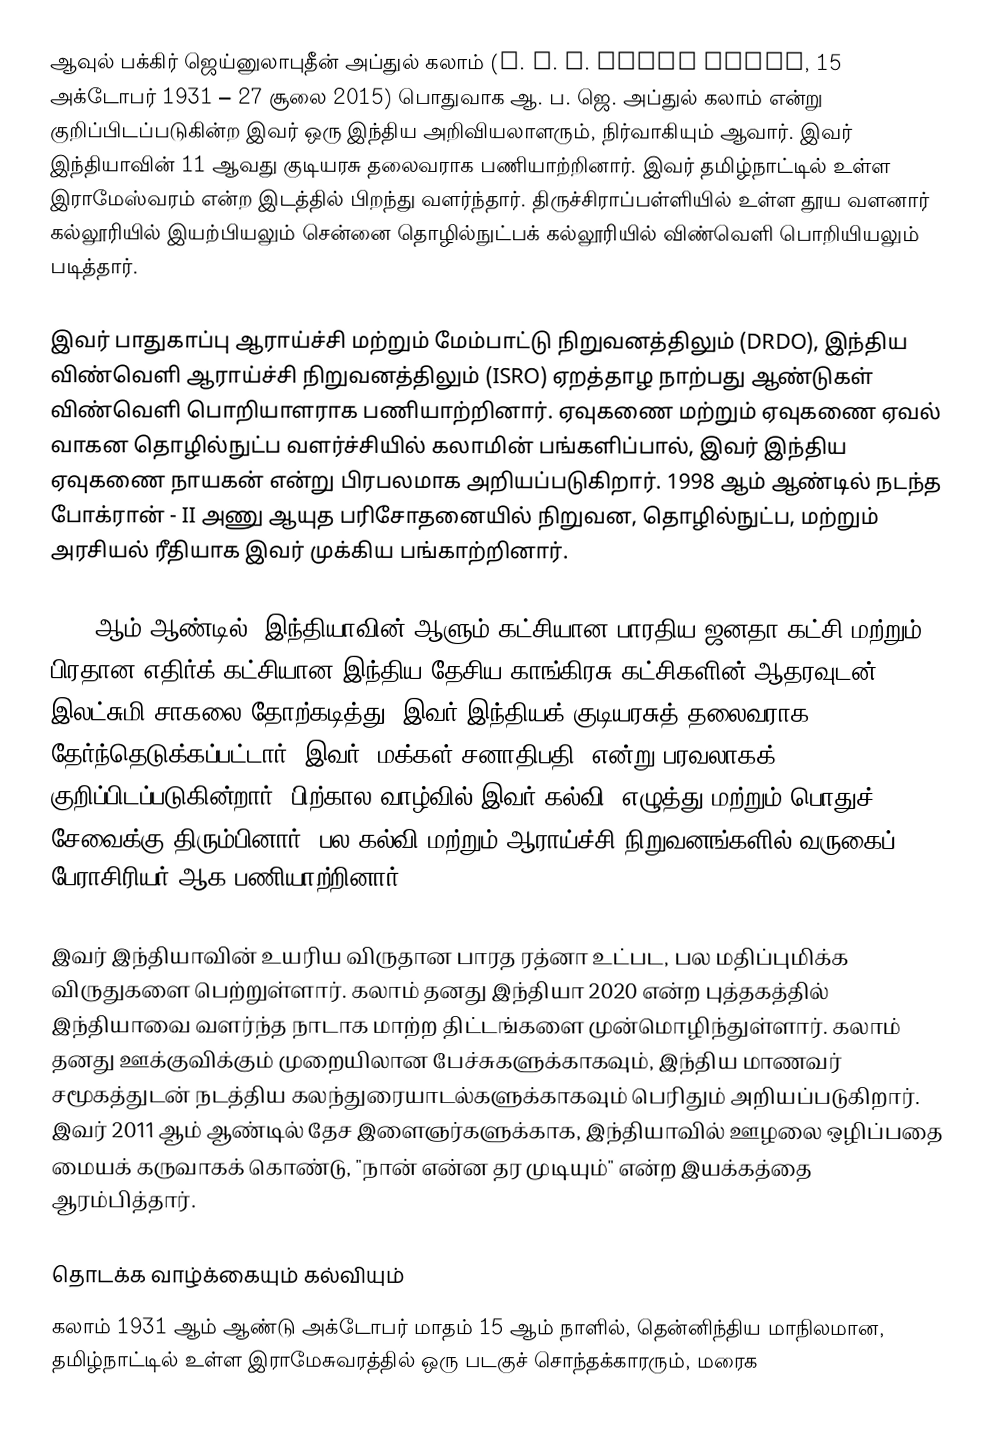
ஆவுல் பக்கிர் ஜெய்னுலாபுதீன் அப்துல் கலாம் (A. P. J. Abdul Kalam, 15 அக்டோபர் 1931 – 27 சூலை 2015) பொதுவாக ஆ. ப. ஜெ. அப்துல் கலாம் என்று குறிப்பிடப்படுகின்ற இவர் ஒரு இந்திய அறிவியலாளரும், நிர்வாகியும் ஆவார். இவர் இந்தியாவின் 11 ஆவது குடியரசு தலைவராக பணியாற்றினார். இவர் தமிழ்நாட்டில் உள்ள இராமேஸ்வரம் என்ற இடத்தில் பிறந்து வளர்ந்தார். திருச்சிராப்பள்ளியில் உள்ள தூய வளனார் கல்லூரியில் இயற்பியலும் சென்னை தொழில்நுட்பக் கல்லூரியில் விண்வெளி பொறியியலும் படித்தார்.

இவர் பாதுகாப்பு ஆராய்ச்சி மற்றும் மேம்பாட்டு நிறுவனத்திலும் (DRDO),  இந்திய விண்வெளி ஆராய்ச்சி நிறுவனத்திலும் (ISRO) ஏறத்தாழ நாற்பது ஆண்டுகள் விண்வெளி பொறியாளராக பணியாற்றினார். ஏவுகணை மற்றும் ஏவுகணை ஏவல் வாகன தொழில்நுட்ப வளர்ச்சியில் கலாமின் பங்களிப்பால், இவர் இந்திய ஏவுகணை நாயகன் என்று பிரபலமாக அறியப்படுகிறார். 1998 ஆம் ஆண்டில் நடந்த போக்ரான் - II அணு ஆயுத பரிசோதனையில் நிறுவன, தொழில்நுட்ப, மற்றும் அரசியல் ரீதியாக இவர் முக்கிய பங்காற்றினார்.

2002 ஆம் ஆண்டில், இந்தியாவின் ஆளும் கட்சியான பாரதிய ஜனதா கட்சி மற்றும் பிரதான எதிர்க் கட்சியான இந்திய தேசிய காங்கிரசு கட்சிகளின் ஆதரவுடன், இலட்சுமி சாகலை தோற்கடித்து, இவர் இந்தியக் குடியரசுத் தலைவராக தேர்ந்தெடுக்கப்பட்டார். இவர் "மக்கள் சனாதிபதி" என்று பரவலாகக் குறிப்பிடப்படுகின்றார். பிற்கால வாழ்வில் இவர் கல்வி, எழுத்து மற்றும் பொதுச் சேவைக்கு திரும்பினார். பல கல்வி மற்றும் ஆராய்ச்சி நிறுவனங்களில் வருகைப் பேராசிரியர் ஆக பணியாற்றினார்.

இவர் இந்தியாவின் உயரிய விருதான பாரத ரத்னா உட்பட, பல மதிப்புமிக்க விருதுகளை பெற்றுள்ளார். கலாம் தனது இந்தியா 2020 என்ற புத்தகத்தில் இந்தியாவை வளர்ந்த நாடாக மாற்ற திட்டங்களை முன்மொழிந்துள்ளார். கலாம் தனது ஊக்குவிக்கும் முறையிலான பேச்சுகளுக்காகவும், இந்திய மாணவர் சமூகத்துடன் நடத்திய கலந்துரையாடல்களுக்காகவும் பெரிதும் அறியப்படுகிறார். இவர் 2011 ஆம் ஆண்டில் தேச இளைஞர்களுக்காக, இந்தியாவில் ஊழலை ஒழிப்பதை மையக் கருவாகக் கொண்டு, "நான் என்ன தர முடியும்"  என்ற இயக்கத்தை ஆரம்பித்தார்.

தொடக்க வாழ்க்கையும் கல்வியும்
கலாம் 1931 ஆம் ஆண்டு அக்டோபர் மாதம் 15 ஆம் நாளில், தென்னிந்திய மாநிலமான, தமிழ்நாட்டில் உள்ள இராமேசுவரத்தில் ஒரு படகுச் சொந்தக்காரரும், மரைக